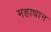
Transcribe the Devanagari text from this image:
महाधान